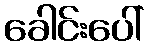
ခေါင်းပေါ်